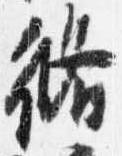
脩